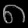
Digit: ၈